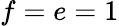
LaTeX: f=e=1